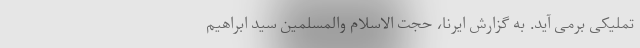
تملیکی برمی آید. به گزارش ایرنا، حجت الاسلام والمسلمین سید ابراهیم